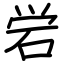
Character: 𬒈